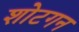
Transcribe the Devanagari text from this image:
शोटगन